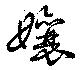
孃